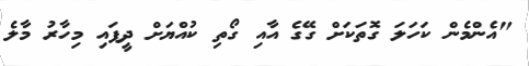
"އެންމެން ކަހަލަ ގޮތަކަށް ގޭގެ އާއި ގޯތި ކުއްޔަށް ދީފައި މިހާރު މާލެ